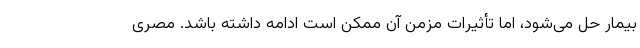
بیمار حل می‌شود، اما تأثیرات مزمن آن ممکن است ادامه داشته باشد. مصری